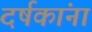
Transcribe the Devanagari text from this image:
दर्षकांना